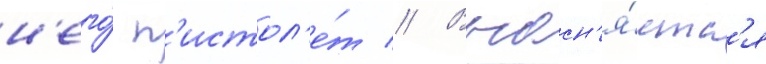
н'его́ п'истол'е́т // Выасн'я́етс'я